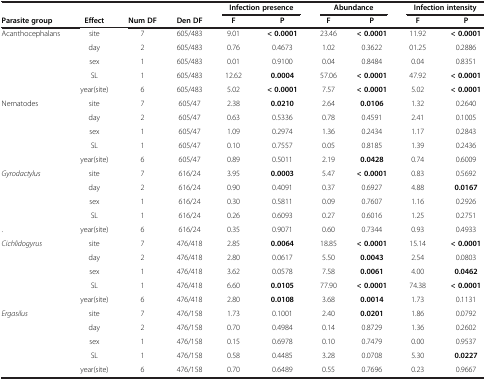
<table><thead><tr><td><b> </b></td><td><b> </b></td><td><b> </b></td><td><b> </b></td><td colspan="2"><b>Infection presence</b></td><td colspan="2"><b>Abundance</b></td><td colspan="2"><b>Infection intensity</b></td></tr><tr><td><b>Parasite group</b></td><td><b>Effect</b></td><td><b>Num DF</b></td><td><b>Den DF</b></td><td><b>F</b></td><td><b>P</b></td><td><b>F</b></td><td><b>P</b></td><td><b>F</b></td><td><b>P</b></td></tr></thead><tbody><tr><td>Acanthocephalans</td><td>site</td><td>7</td><td>605/483</td><td>9.01</td><td><b>&lt; 0.0001</b></td><td>23.46</td><td><b>&lt; 0.0001</b></td><td>11.92</td><td><b>&lt; 0.0001</b></td></tr><tr><td> </td><td>day</td><td>2</td><td>605/483</td><td>0.76</td><td>0.4673</td><td>1.02</td><td>0.3622</td><td>01.25</td><td>0.2886</td></tr><tr><td> </td><td>sex</td><td>1</td><td>605/483</td><td>0.01</td><td>0.9100</td><td>0.04</td><td>0.8484</td><td>0.04</td><td>0.8351</td></tr><tr><td> </td><td>SL</td><td>1</td><td>605/483</td><td>12.62</td><td><b>0.0004</b></td><td>57.06</td><td><b>&lt; 0.0001</b></td><td>47.92</td><td><b>&lt; 0.0001</b></td></tr><tr><td> </td><td>year(site)</td><td>6</td><td>605/483</td><td>5.02</td><td><b>&lt; 0.0001</b></td><td>7.57</td><td><b>&lt; 0.0001</b></td><td>5.02</td><td><b>&lt; 0.0001</b></td></tr><tr><td>Nematodes</td><td>site</td><td>7</td><td>605/47</td><td>2.38</td><td><b>0.0210</b></td><td>2.64</td><td><b>0.0106</b></td><td>1.32</td><td>0.2640</td></tr><tr><td> </td><td>day</td><td>2</td><td>605/47</td><td>0.63</td><td>0.5336</td><td>0.78</td><td>0.4591</td><td>2.41</td><td>0.1005</td></tr><tr><td> </td><td>sex</td><td>1</td><td>605/47</td><td>1.09</td><td>0.2974</td><td>1.36</td><td>0.2434</td><td>1.17</td><td>0.2843</td></tr><tr><td> </td><td>SL</td><td>1</td><td>605/47</td><td>0.10</td><td>0.7557</td><td>0.05</td><td>0.8185</td><td>1.39</td><td>0.2436</td></tr><tr><td> </td><td>year(site)</td><td>6</td><td>605/47</td><td>0.89</td><td>0.5011</td><td>2.19</td><td><b>0.0428</b></td><td>0.74</td><td>0.6009</td></tr><tr><td><i>Gyrodactylus</i></td><td>site</td><td>7</td><td>616/24</td><td>3.95</td><td><b>0.0003</b></td><td>5.47</td><td><b>&lt; 0.0001</b></td><td>0.83</td><td>0.5692</td></tr><tr><td> </td><td>day</td><td>2</td><td>616/24</td><td>0.90</td><td>0.4091</td><td>0.37</td><td>0.6927</td><td>4.88</td><td><b>0.0167</b></td></tr><tr><td> </td><td>sex</td><td>1</td><td>616/24</td><td>0.30</td><td>0.5811</td><td>0.09</td><td>0.7607</td><td>1.16</td><td>0.2926</td></tr><tr><td> </td><td>SL</td><td>1</td><td>616/24</td><td>0.26</td><td>0.6093</td><td>0.27</td><td>0.6016</td><td>1.25</td><td>0.2751</td></tr><tr><td>.</td><td>year(site)</td><td>6</td><td>616/24</td><td>0.35</td><td>0.9071</td><td>0.60</td><td>0.7344</td><td>0.93</td><td>0.4933</td></tr><tr><td><i>Cichlidogyrus</i></td><td>site</td><td>7</td><td>476/418</td><td>2.85</td><td><b>0.0064</b></td><td>18.85</td><td><b>&lt; 0.0001</b></td><td>15.14</td><td><b>&lt; 0.0001</b></td></tr><tr><td> </td><td>day</td><td>2</td><td>476/418</td><td>2.80</td><td>0.0617</td><td>5.50</td><td><b>0.0043</b></td><td>2.54</td><td>0.0803</td></tr><tr><td> </td><td>sex</td><td>1</td><td>476/418</td><td>3.62</td><td>0.0578</td><td>7.58</td><td><b>0.0061</b></td><td>4.00</td><td><b>0.0462</b></td></tr><tr><td> </td><td>SL</td><td>1</td><td>476/418</td><td>6.60</td><td><b>0.0105</b></td><td>77.90</td><td><b>&lt; 0.0001</b></td><td>74.38</td><td><b>&lt; 0.0001</b></td></tr><tr><td> </td><td>year(site)</td><td>6</td><td>476/418</td><td>2.80</td><td><b>0.0108</b></td><td>3.68</td><td><b>0.0014</b></td><td>1.73</td><td>0.1131</td></tr><tr><td><i>Ergasilus</i></td><td>site</td><td>7</td><td>476/158</td><td>1.73</td><td>0.1001</td><td>2.40</td><td><b>0.0201</b></td><td>1.86</td><td>0.0792</td></tr><tr><td> </td><td>day</td><td>2</td><td>476/158</td><td>0.70</td><td>0.4984</td><td>0.14</td><td>0.8729</td><td>1.36</td><td>0.2602</td></tr><tr><td> </td><td>sex</td><td>1</td><td>476/158</td><td>0.15</td><td>0.6978</td><td>0.10</td><td>0.7479</td><td>0.00</td><td>0.9537</td></tr><tr><td> </td><td>SL</td><td>1</td><td>476/158</td><td>0.58</td><td>0.4485</td><td>3.28</td><td>0.0708</td><td>5.30</td><td><b>0.0227</b></td></tr><tr><td> </td><td>year(site)</td><td>6</td><td>476/158</td><td>0.70</td><td>0.6489</td><td>0.55</td><td>0.7696</td><td>0.23</td><td>0.9667</td></tr></tbody></table>